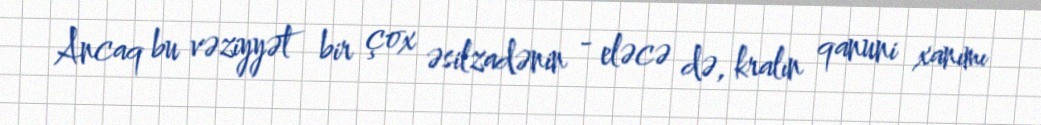
Ancaq bu vəziyyət bir çox əsilzadənin - eləcə də, kralın qanuni xanımı